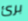
برئ